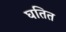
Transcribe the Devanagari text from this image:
घतित